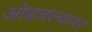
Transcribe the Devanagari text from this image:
ओढवल्यावर